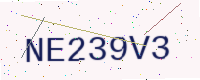
Text: NE239V3